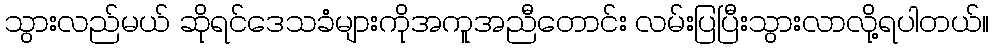
သွားလည်မယ် ဆိုရင်ဒေသခံများကိုအကူအညီတောင်း လမ်းပြပြီးသွားလာလို့ရပါတယ်။